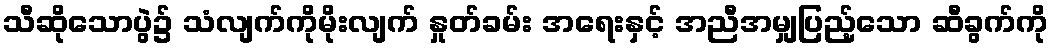
သီဆိုသောပွဲ၌ သံလျက်ကိုမိုးလျက် နှုတ်ခမ်း အရေးနှင့် အညီအမျှပြည့်သော ဆီခွက်ကို